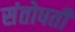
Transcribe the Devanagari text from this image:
संतोषती